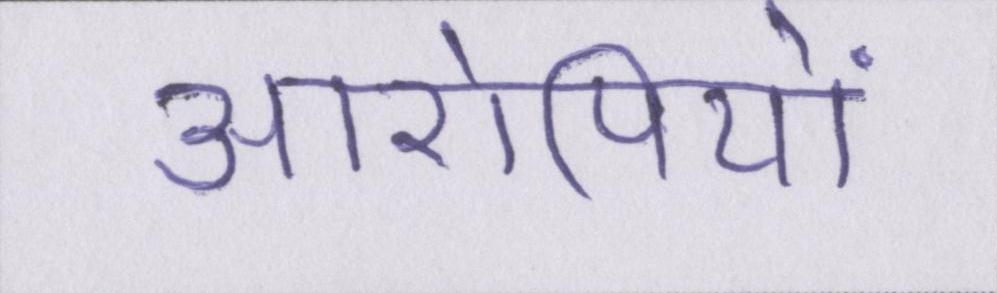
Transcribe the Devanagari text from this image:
आरोपियों